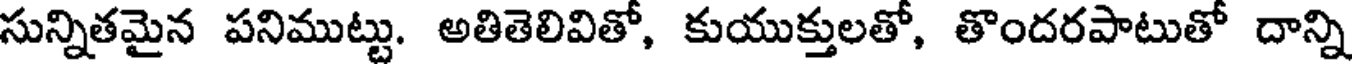
సున్నితమైన పనిముట్టు. అతితెలివితో, కుయుక్తులతో, తొందరపాటుతో దాన్ని